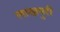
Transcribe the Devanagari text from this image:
लाखपुरी